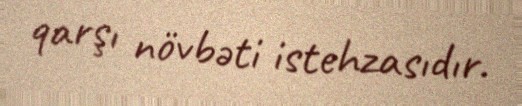
qarşı növbəti istehzasıdır.